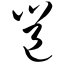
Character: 邕